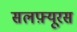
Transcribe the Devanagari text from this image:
सलफ़्यूरस